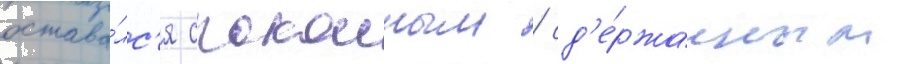
остава́лс'я спокоиным / сд'е́ржанным